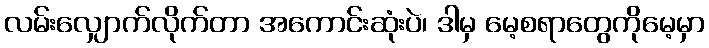
လမ်းလျှောက်လိုက်တာ အကောင်းဆုံးပဲ၊ ဒါမှ မေ့စရာတွေကိုမေ့မှာ